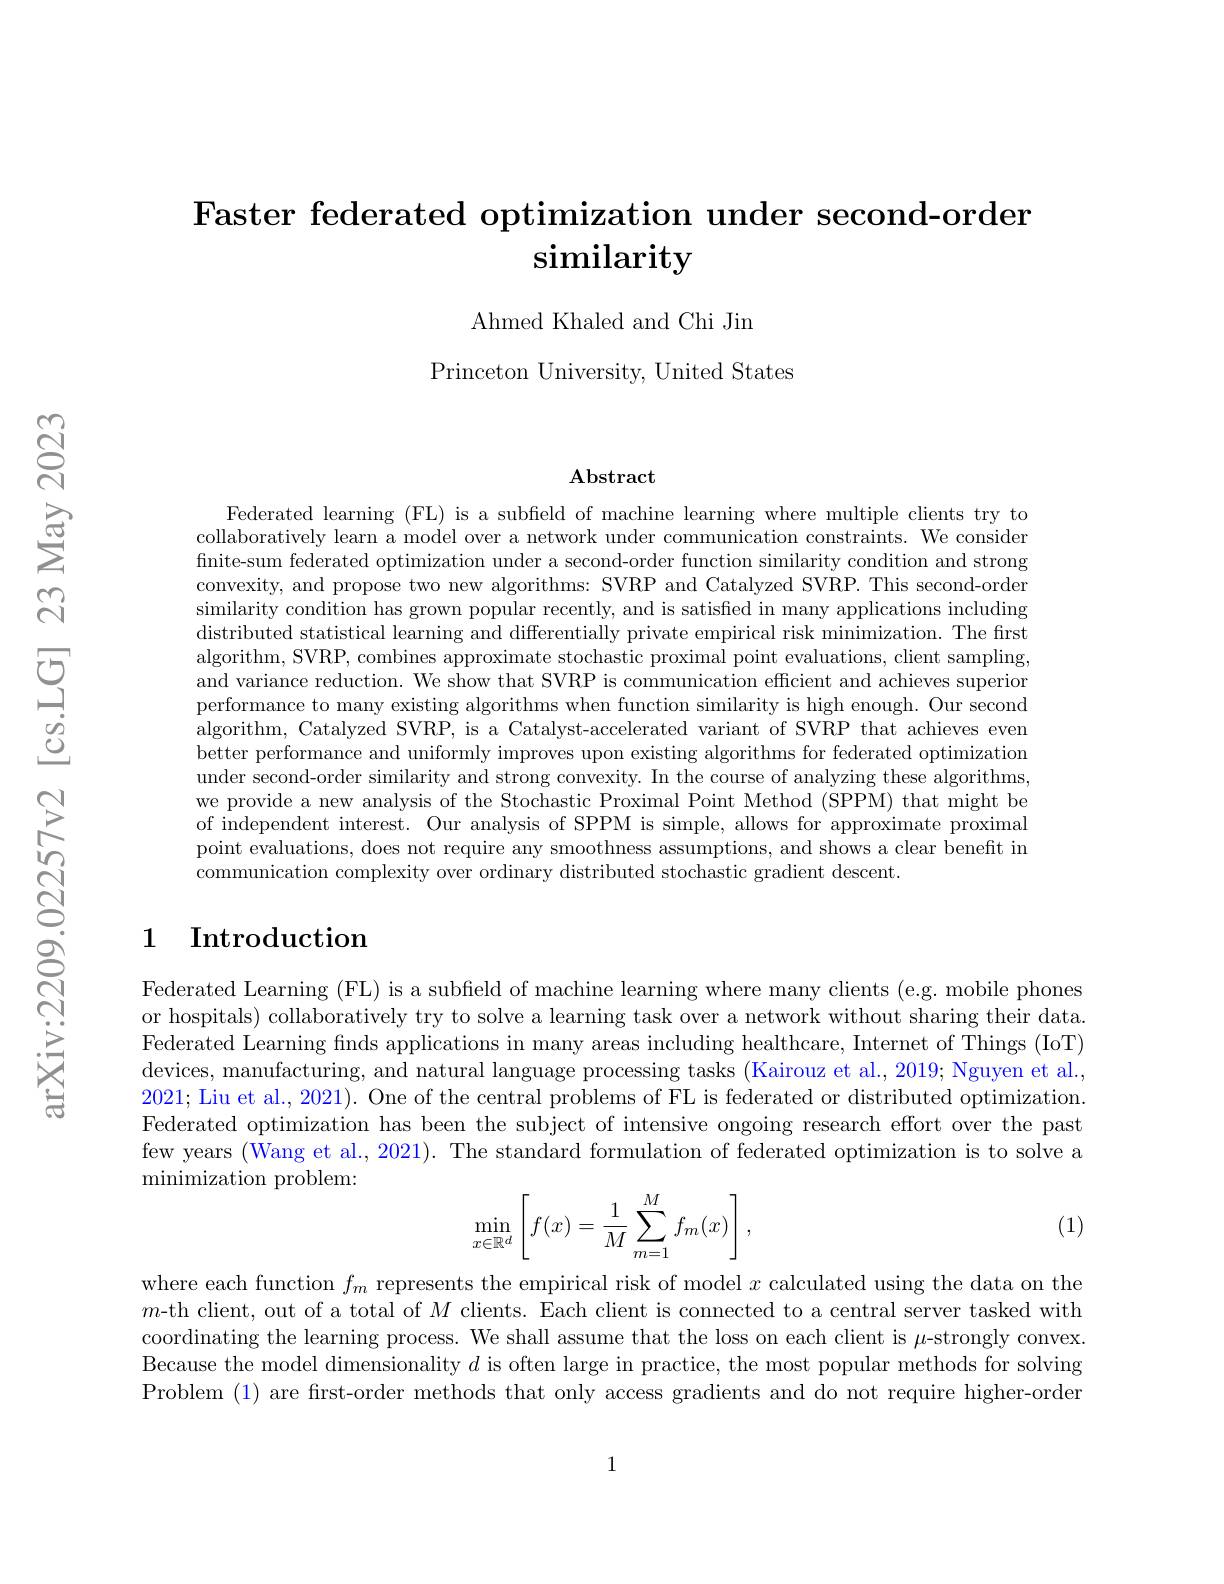
# Faster federated optimization under second-order similarity

Ahmed Khaled and Chi Jin

Princeton University, United States

$\mathbf{Abstract}$

Federated learning (FL) is a subfield of machine learning where multiple clients try to collaboratively learn a model over a network under communication constraints. We consider finite-sum federated optimization under a second-order function similarity condition and strong convexity, and propose two new algorithms: SVRP and Catalyzed SVRP. This second-order similarity condition has grown popular recently, and is satisfied in many applications including distributed statistical learning and differentially private empirical risk minimization. The first algorithm, SVRP, combines approximate stochastic proximal point evaluations, client sampling. and variance reduction. We show that SVRP is communication efficient and achieves superior performance to many existing algorithms when function similarity is high enough. Our second algorithm, Catalyzed SVRP, is a Catalyst-accelerated variant of SVRP that achieves evem better performance and uniformly improves upon existing algorithms for federated optimization under second-order similarity and strong convexity. In the course of analyzing these algorithms, we provide a new analysis of the Stochastic Proximal Point Method (SPPM) that might be $\hat{\text{of independent interest. Our analysis of SPPM is simple, allows for approximate proximal}}$ point evaluations, does not require any smoothness assumptions, and shows a clear benefit in communication complexity over ordinary distributed stochastic gradient descent.

## 1 Introduction

Federated Learning (FL) is a subfield of machine learning where many clients (e.g. mobile phones or hospitals) collaboratively try to solve a learning task over a network without sharing their data. Federated Learning finds applications in many areas including healthcare, Internet of Things (IoT) devices, manufacturing, and natural language processing tasks (Kairouz et al., 2019; Nguyen et al., 2021; Liu et al., 2021). One of the central problems of FL is federated or distributed optimization Federated optimization has been the subject of intensive ongoing research effort over the past few years (Wang et al., 2021). The standard formulation of federated optimization is to solve a minimization problem:

(1)
$$\min\limits_{x\in\mathbb{R}^d}\left[f(x)=\frac{1}{M}\sum\limits_{m=1}^Mf_m(x)\right],$$
where each function $f_m$ represents the empirical risk of model $x$ calculated using the data on the $m$-th client, out of a total of $M$ clients. Each client is connected to a central server tasked with coordinating the learning process. We shall assume that the loss on each client is $\mu$-strongly convex. Because the model dimensionality $d$ is often large in practice, the most popular methods for solving Problem (1) are first-order methods that only access gradients and do not require higher-order

1